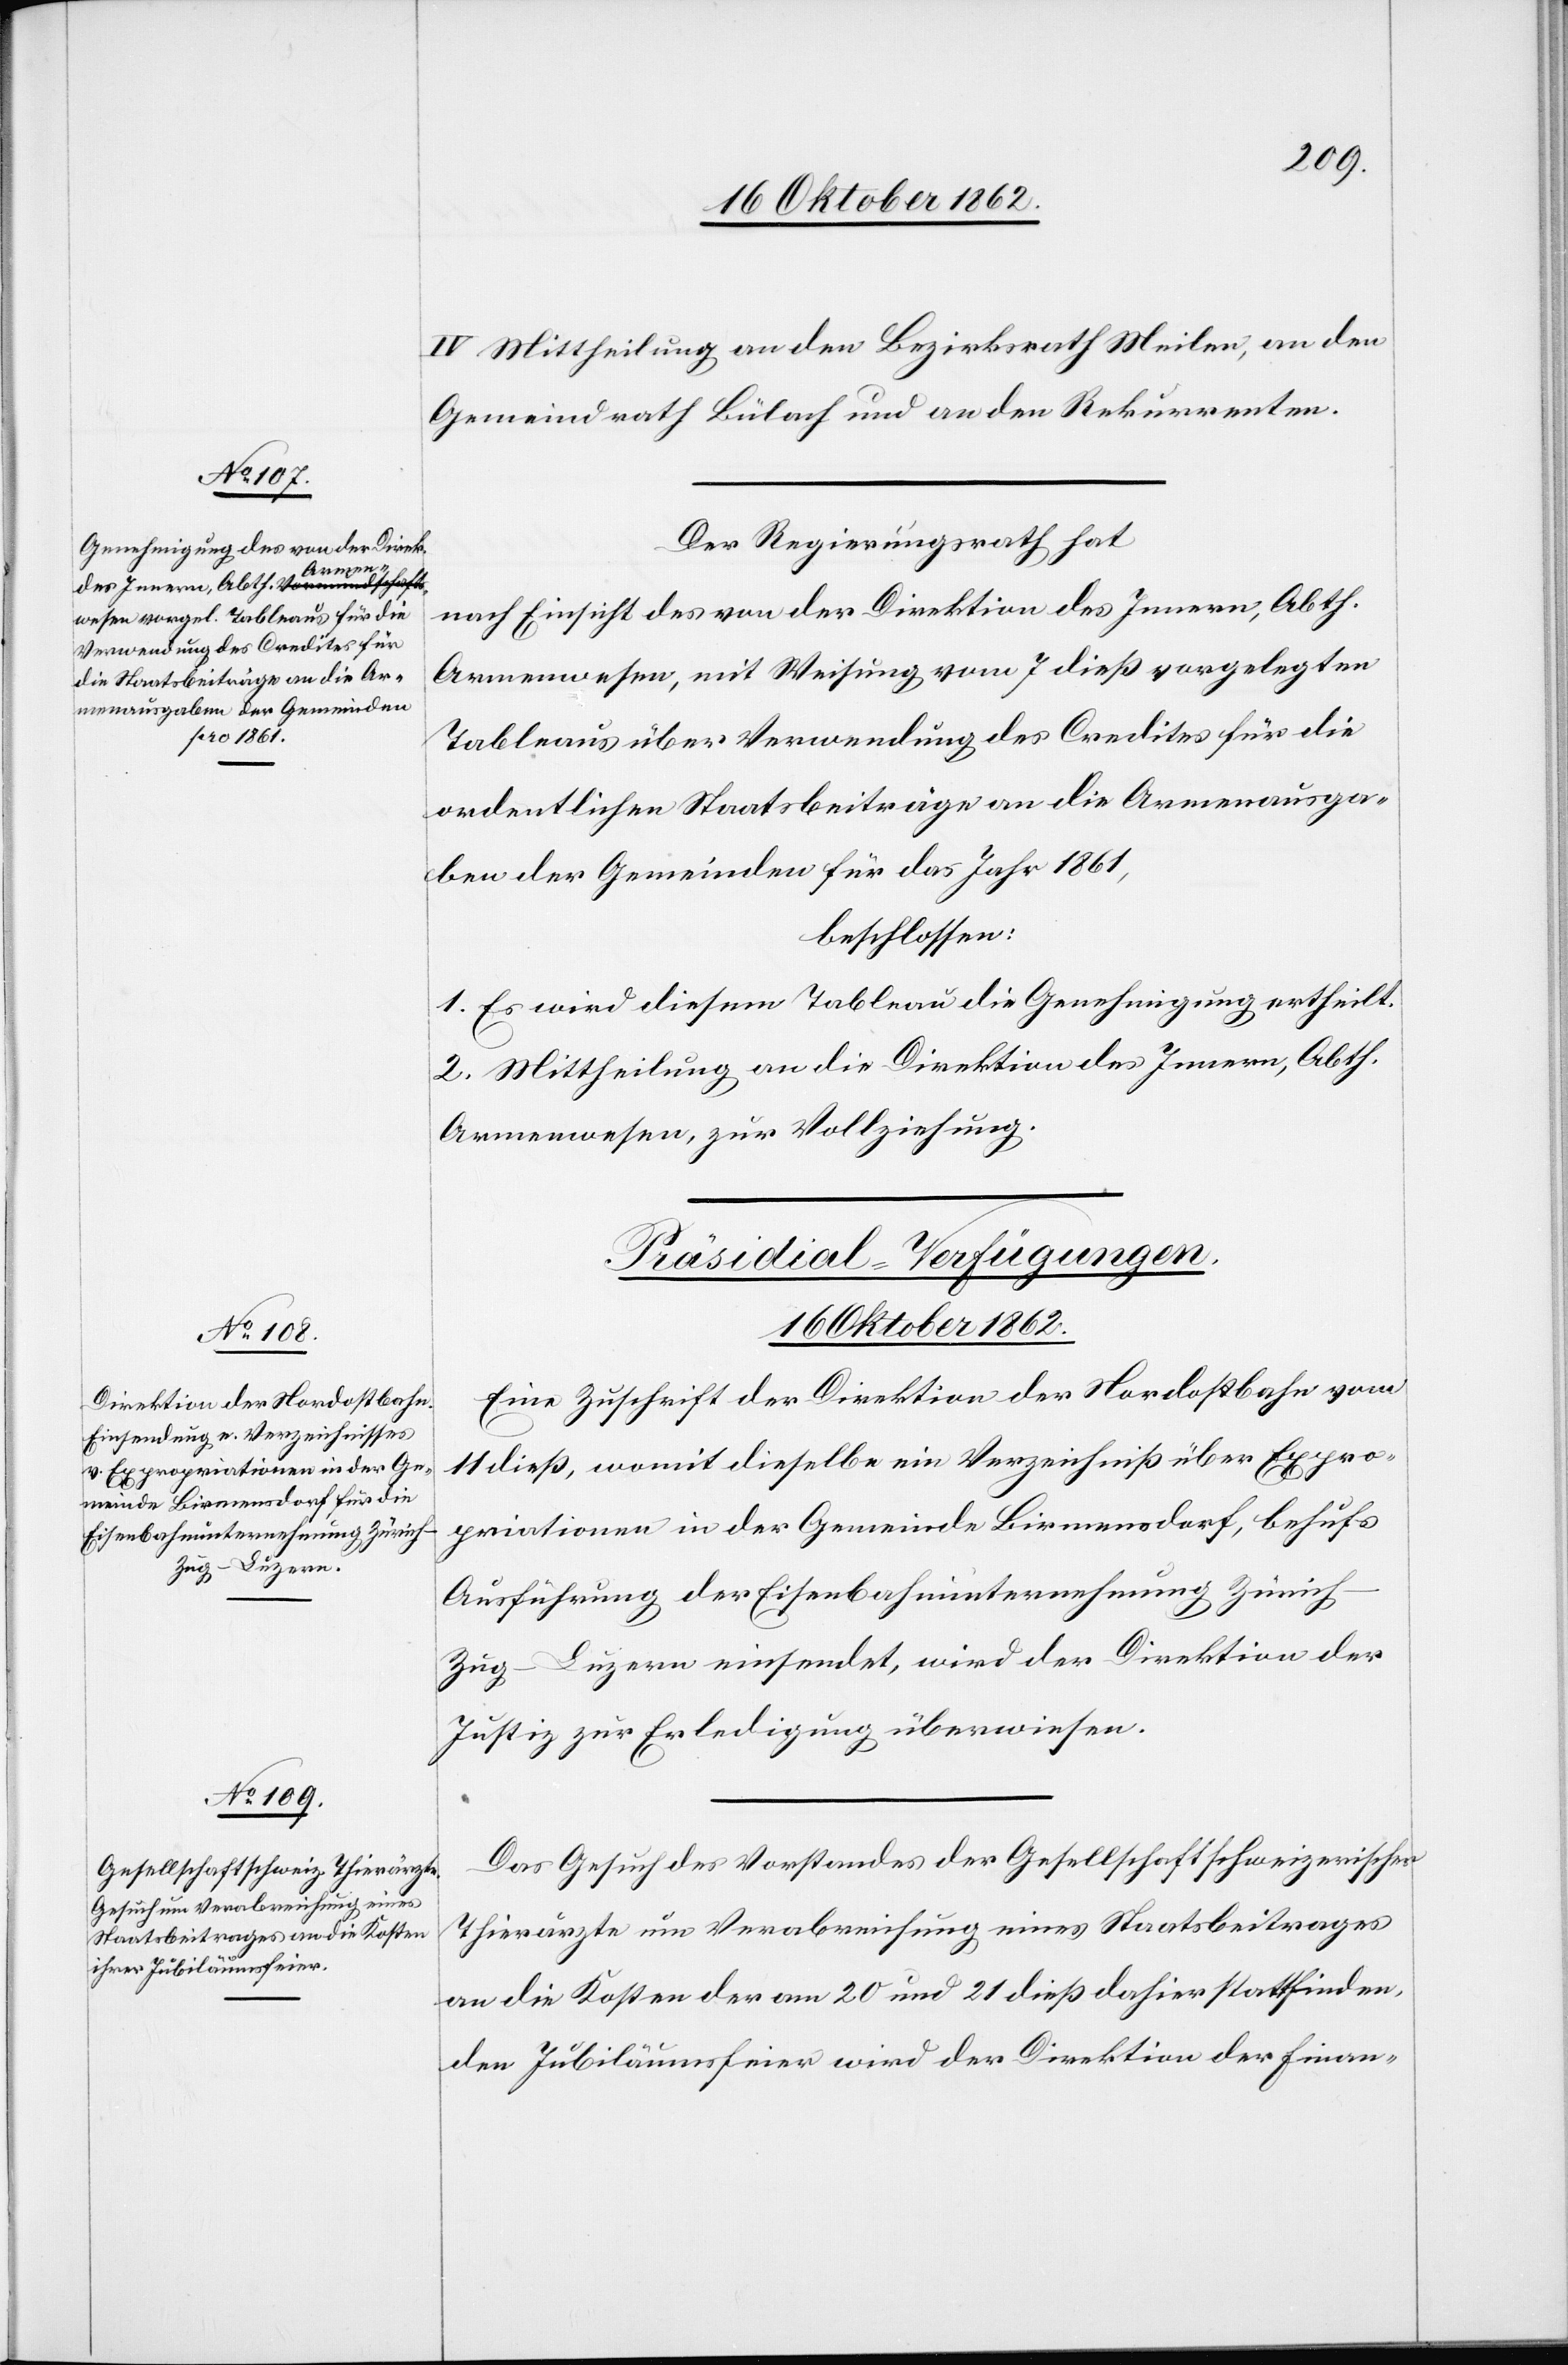
16. Oktober 1862.]
IV. Mittheilung an den Bezirksrath Meilen, an den
Gemeindrath Bülach und an den Rekurrenten.
Der Regierungsrath hat
nach Einsicht des von der Direktion des Innern, Abth.
Armenwesen, mit Weisung vom 7. dieß vorgelegten
Tableaus über Verwendung des Credites für die
ordentlichen Staatsbeiträge an die Armenausga¬
ben der Gemeinden für das Jahr 1861,
beschlossen:
1. Es wird diesem Tableau die Genehmigung ertheilt.
2. Mittheilung an die Direktion des Innern, Abth.
Armenwesen, zur Vollziehung.
[Präsidial-Verfügungen.
Eine Zuschrift der Direktion der Nordostbahn vom
11. dieß, womit dieselbe ein Verzeichniß über Expro¬
priationen in der Gemeinde Birmensdorf, behufs
Ausführung der Eisenbahnunternehmung Züric¬
h–Zug–Luzern einsendet, wird der Direktion der
Justiz zur Erledigung überwiesen.
Das Gesuch des Vorstandes der Gesellschaft schweizerischer
Thierärzte um Verabreichung eines Staatsbeitrages
an die Kosten der am 20 und 21. dieß dahier stattfinden¬
den Jubiläumsfeier wird der Direktion der Finan-